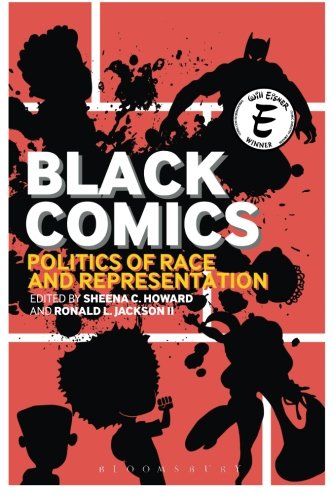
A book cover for Black Comics: Politics of Race and Representation; Comics & Graphic Novels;